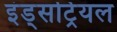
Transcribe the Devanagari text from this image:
इंड्सट्रियल